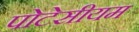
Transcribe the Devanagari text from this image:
पोटेसीयम